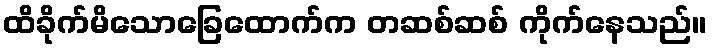
ထိခိုက်မိသောခြေထောက်က တဆစ်ဆစ် ကိုက်နေသည်။